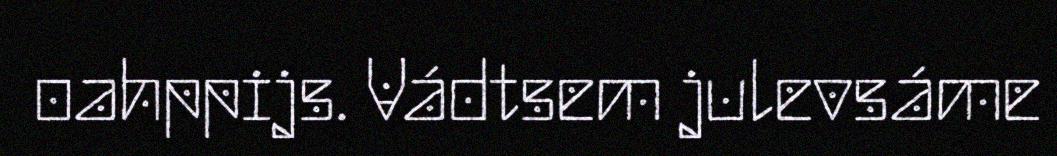
oahppijs. Vádtsem julevsáme